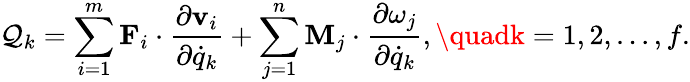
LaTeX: \mathcal{Q}_{k}=\sum_{i=1}^{m}\mathbf{{F}}_{i}\cdot{\frac{{\partial\mathbf{{v}}_{i}}}{{\partial{\dot{{q}}}_{k}}}}+\sum_{j=1}^{n}\mathbf{{M}}_{j}\cdot{\frac{{\partial\mathbf{{\omega}}_{j}}}{{\partial{\dot{{q}}}_{k}}}},\quadk=1,2,...,f.